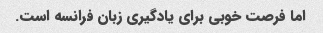
اما فرصت خوبی برای یادگیری زبان فرانسه است.